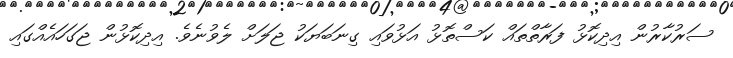
ސަރުކާރުން އިދިކޮޅު ފަރާތްތައް ކަސްތޮޅު އަޅުވައި ގިނަބަޔަކު ޖަލަށް ލެވުނެވެ. އިދިކޮޅުން ޖަގަހައެއްގައި